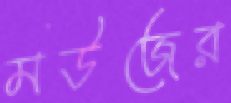
মউজের